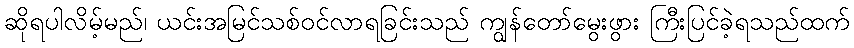
ဆိုရပါလိမ့်မည်၊ ယင်းအမြင်သစ်ဝင်လာရခြင်းသည် ကျွန်တော်မွေးဖွား ကြီးပြင်ခဲ့ရသည်ထက်